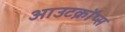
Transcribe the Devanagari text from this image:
आउटक्रॉप्स